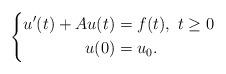
LaTeX: \begin{align*}\left\{\begin{aligned}u'(t) + Au(t) &= f(t), \ t\ge 0\\u(0) &= u_0 .\end{aligned}\right.\end{align*}